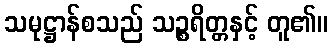
သမုဋ္ဌာန်စသည် သဉ္စရိတ္တနှင့် တူ၏။